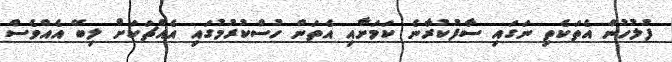
ފުލުހުން އެތަކެތި ނަގައި ސާފުކުރާނެ ކަމަށާއި އެތަން ހުސްކުރުމުގައި އެއްޗަކަށް ލިބޭ އެއްވެސް